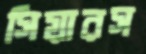
সিয়ারস